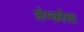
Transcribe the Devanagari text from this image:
लेम्कोवा